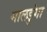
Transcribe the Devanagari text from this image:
मालडुंगा